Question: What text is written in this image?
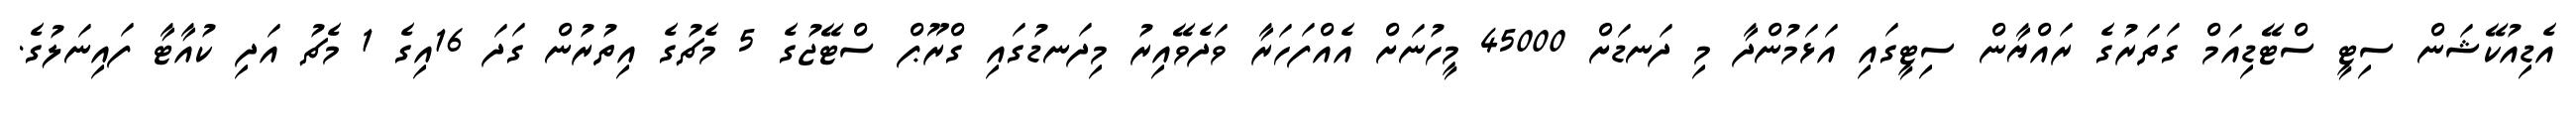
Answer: އެޑިއުކޭޝަން ސިޓީ ސްޓޭޑިއަމް ގަތަރުގެ ރައްޔާން ސިޓީގައި އަޅަމުންދާ މި ދަނޑަށް 45000 މީހުނަށް އެއްފަހަރާ ވަދެވޭއިރު މިދަނޑުގައި ގްރޫޕް ސްޓޭޖުގެ 5 މެޗުގެ އިތުރުން ގަދަ 16އިގެ 1 މެޗު އަދި ކުއާޓާ ފައިނަލުގެ.